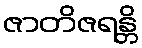
ဇာတိဇရန္တိ